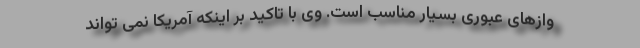
وازهای عبوری بسیار مناسب است. وی با تاکید بر اینکه آمریکا نمی تواند